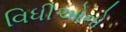
વિધીઓનો